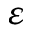
\varepsilon